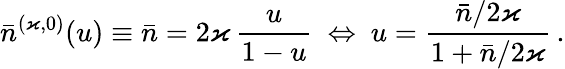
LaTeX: \bar{n}^{(\varkappa,0)}(u)\equiv\bar{n}=2\varkappa\, \frac{u}{1-u}\ \Leftrightarrow\ u=\frac{\bar{n}/2\varkappa}{1+\bar{n}/2\varkappa}\, .